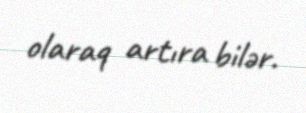
olaraq artıra bilər.